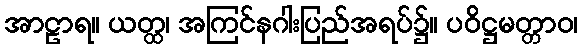
အာဠာရ။ ယတ္ထ၊ အကြင်နဂါးပြည်အရပ်၌။ ပဝိဋ္ဌမတ္တာဝ၊